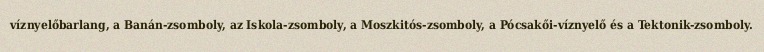
víznyelőbarlang, a Banán-zsomboly, az Iskola-zsomboly, a Moszkitós-zsomboly, a Pócsakői-víznyelő és a Tektonik-zsomboly.